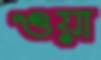
ওয়া